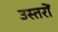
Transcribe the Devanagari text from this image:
उस्तरों